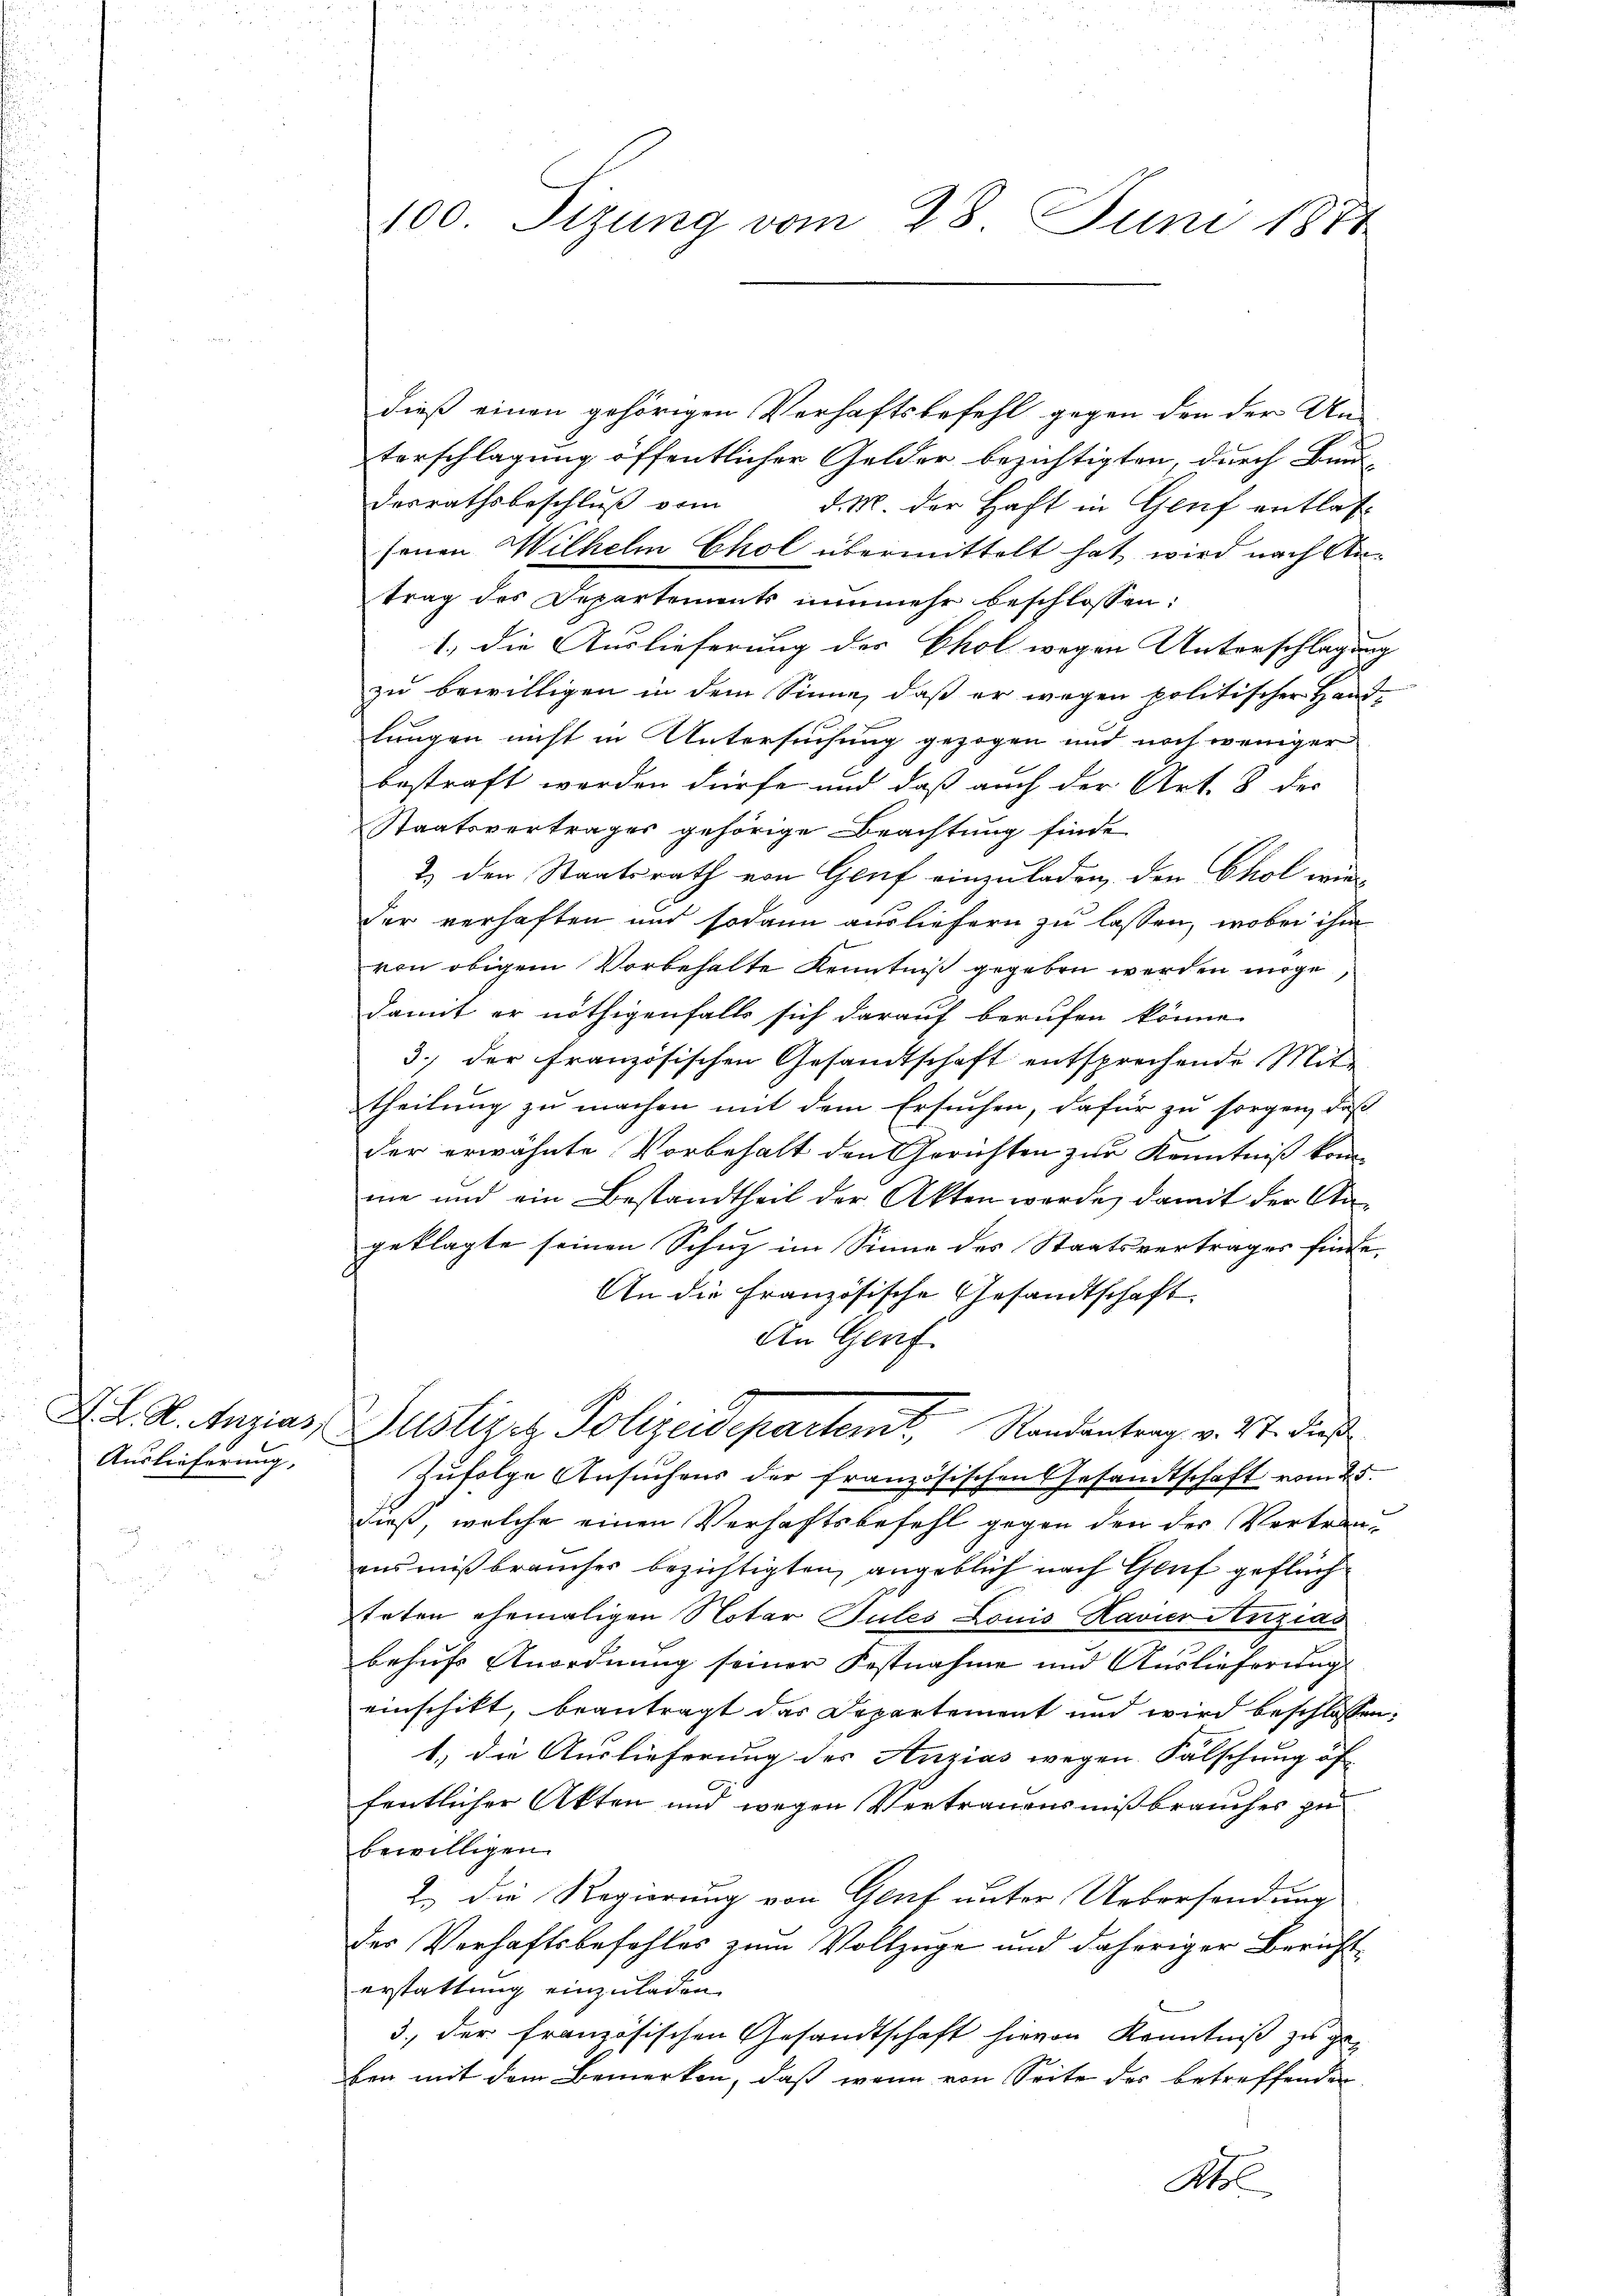
F. L. K. Anzias,
Auslieferung,

100 Tizung vom 28. Juni 1871

dieß einen gehörigen Verhaftsbefehl gegen den der An-
terschlagung öffentlicher Gelder bezichtigten, durch Bau-
desrathsbeschlŭβ vom d. M. der Haft in Genf entlas
senen Wilhelm Chol übermittelt hat, wird nach Antrag des Departements nunmehr beschlossen:
1.) Die Auslieferung der Chol wegen Unterschlagung
zu bewilligen in dem Sinne, daß er wegen politischer Handlungen nicht in Untersuchung gezogen und noch weniger
bestraft werden dürfe und daß auch der Art. 8 des
Staatsvertrages gehörige Beachtung finde
& den Staatsrath von Genf einzuladen, den Chol wieder verhaften und sodann ausliefern zu lassen, wobei ihm
von obigem Vorbehalte Kenntniß gegeben werden möge
damit er nöthigenfalls sich darauf berufen könne.
3.) der Französischen Gesandtschaft entsprechende Mit-
theilung zu machen mit dem Ersuchen, dafür zu sorgen, daß
der erwähnte Vorbehalt den Gerichten zur Kenntniß kom-
me und ein Bestandtheil der Akten werde, damit der Angeklagte seinen Schuz im Sinne des Staatsvertrages finde,
An die Französische Gesandtschaft
An Genf
Justizet Polizeidepartemt, Standentrag v. Mt. dieß
Zufolge Ansuchens der französischen Gesandtschaft vom 25.
dieß, welche einen Verhaftsbefehl gegen den der Vertrauensmißbrauches bezichtigten, angeblich nach Genf geflüch
teten ehemaligen Notar Gutes Louis Ravierenzias
behufs Anordnung seiner Festnahme und Auslieferung
einschikt, beantragt das Departement und wird beschlossen:
1.) die Auslieferung der Anzias wegen Falschung öf
fentlicher Akten und wegen Vertrauensmißbrauches zu
bewilligen.
2.) Die Regierung von Genf unter Uebersendung
des Verhaftsbefehles zum Vollzüge und daheriger Bericht
erstattung einzuladen.
3., der französischen Gesandtschaft hievon Kenntniß zu ge-
ben mit dem Bemerken, daß wenn von Seite des betreffenden
Ml